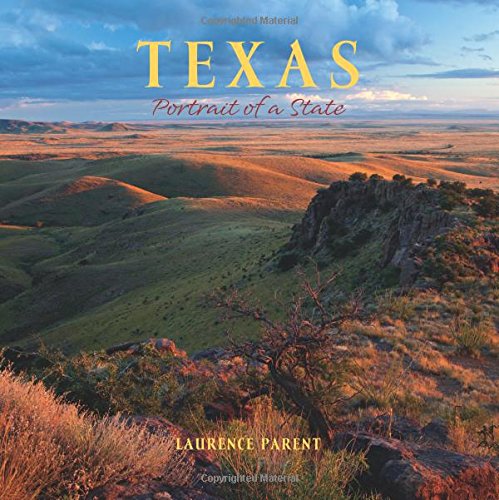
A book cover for Texas: Portrait of a State (Portrait of a Place); Travel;